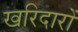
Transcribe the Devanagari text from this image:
खरिदारों